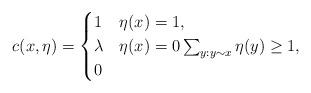
LaTeX: \begin{align*}c(x,\eta)=\begin{cases}1&\eta(x)=1,\\\lambda & \eta(x)=0\sum_{y:y\sim x}\eta(y)\geq 1,\\0&\end{cases}\end{align*}